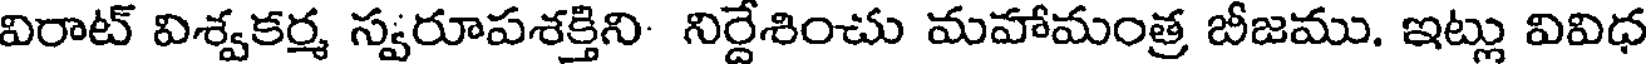
విరాట్ విశ్వకర్మ స్వరూపశక్తిని నిర్దేశించు మహామంత్ర బీజము. ఇట్లు వివిధ